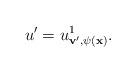
LaTeX: \begin{align*}u' = u^1_{{\bf v}',\psi({\bf x})}.\end{align*}